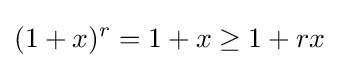
(1+x)^{r}=1+x\geq 1+rx